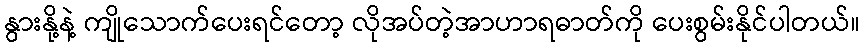
နွားနို့နဲ့ ကျိုသောက်ပေးရင်တော့ လိုအပ်တဲ့အာဟာရဓာတ်ကို ပေးစွမ်းနိုင်ပါတယ်။